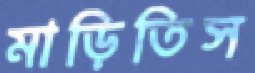
মাড়িতিস